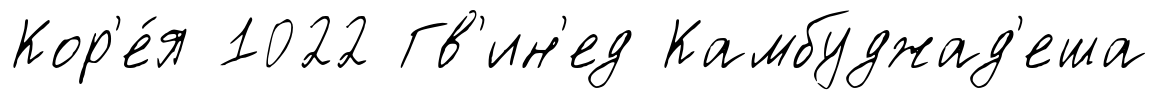
Кор'е́я 1022 Гв'ин'ед Камбуджад'еша